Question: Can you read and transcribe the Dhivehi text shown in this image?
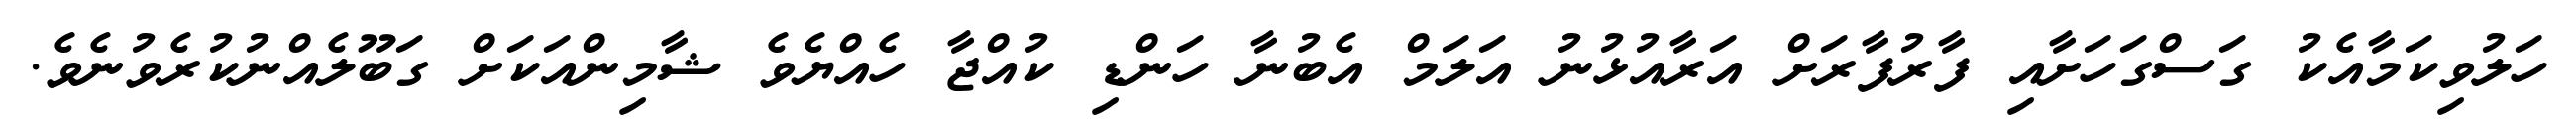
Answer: ހަލުވިކަމާއެކު ގަސްގަހަށާއި ފާރުފާރަށް އަރާއުޅުނު އަލަމް އެބުނާ ހަންޑި ކުއްޖާ ހެއްޔެވެ ޝާމިންއަކަށް ގަބޫލެއްނުކުރެވުނެވެ.